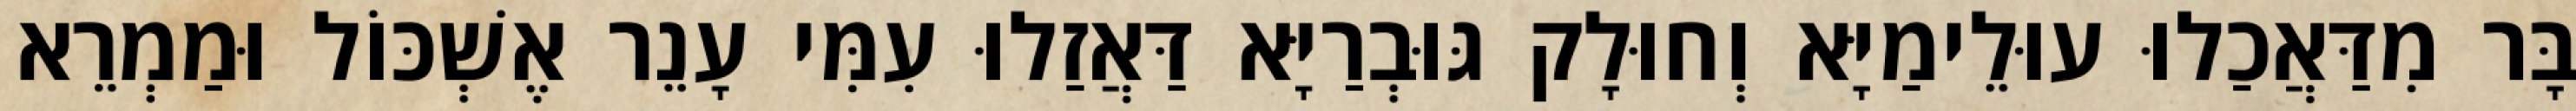
בָּר מִדַּאֲכַלוּ עוּלֵימַיָּא וְחוּלָק גּוּבְרַיָּא דַּאֲזַלוּ עִמִּי עָנֵר אֶשְׁכּוֹל וּמַמְרֵא